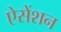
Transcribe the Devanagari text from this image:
ऐसेंशन